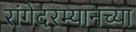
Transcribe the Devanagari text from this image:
रांगेदरम्यानच्या